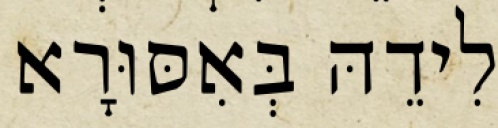
לִידֵהּ בְּאִסּוּרָא